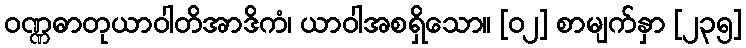
ဝဏ္ဏဓာတုယာဝါတိအာဒိကံ၊ ယာဝါအစရှိသော။ [၀၂] စာမျက်နှာ [၂၃၅]